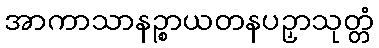
အာကာသာနဉ္စာယတနပဉှာသုတ္တံ